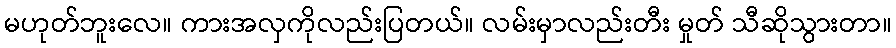
မဟုတ်ဘူးလေ။ ကားအလှကိုလည်းပြတယ်။ လမ်းမှာလည်းတီး မှုတ် သီဆိုသွားတာ။